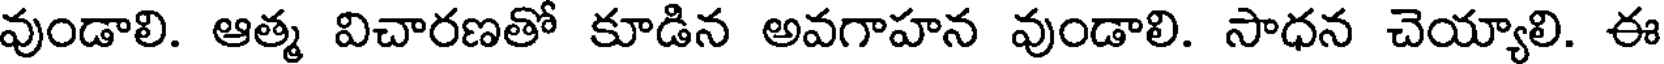
వుండాలి. ఆత్మ విచారణతో కూడిన అవగాహన వుండాలి. సాధన చెయ్యాలి. ఈ